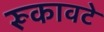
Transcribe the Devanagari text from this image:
रूकावटे